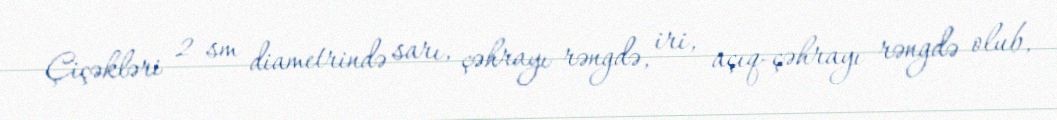
Çiçəkləri 2 sm diametrində sarı, çəhrayı rəngdə, iri, açıq-çəhrayı rəngdə olub,